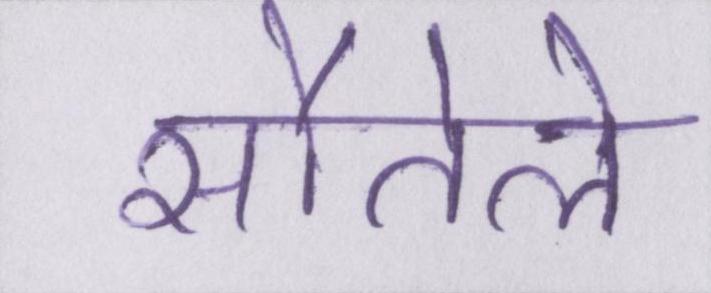
सौतेले